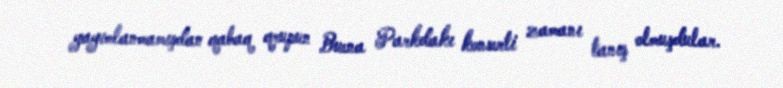
yayımlanmamışdan qabaq qrupun Buena Parkdakı konserti zamanı tanış olmuşdular.